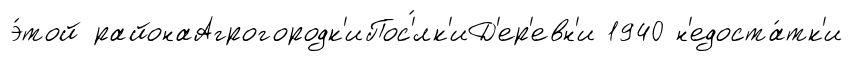
э́той районаАгрогородк'иПос'́лк'иД'ер'евн'и 1940 н'едоста́тк'и